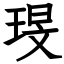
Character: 琝